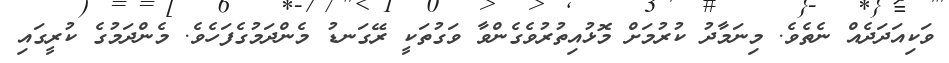
ވަކިއަދަދެއް ނެތެވެ. މިނަމާދު ކުރުމަށް މޮޅުއިތުރުވެގެންވާ ވަގުތަަކީ ރޭގަނޑު މެންދަމުގެފަހެވެ. މެންދަމުގެ ކުރީގައި